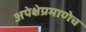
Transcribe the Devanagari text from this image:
अपेक्षेप्रमाणेच